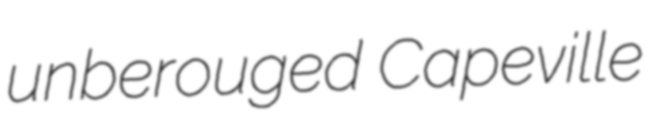
unberouged Capeville